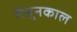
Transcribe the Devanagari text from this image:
मैथुनकाल